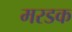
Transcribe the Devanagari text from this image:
मरडक